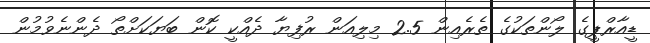
ޑީއާރްޕީގެ ލޯންތަކުގެ ތެރެއިން 2.5 މިލިއަން ރުފިޔާ ދެއްކީ ކޮން ބަޔަކަށްތޯ ދެންނެވުމުން